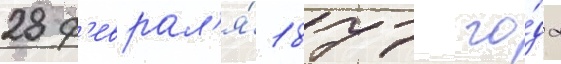
28 ф'еврал'я́ 1877 го́да